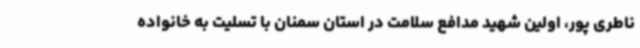
ناطری پور، اولین شهید مدافع سلامت در استان سمنان با تسلیت به خانواده